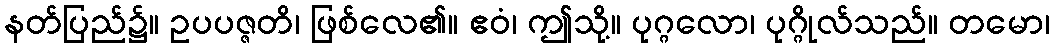
နတ်ပြည်၌။ ဥပပဇ္ဇတိ၊ ဖြစ်လေ၏။ ဧဝံ၊ ဤသို့။ ပုဂ္ဂလော၊ ပုဂ္ဂိုလ်သည်။ တမော၊